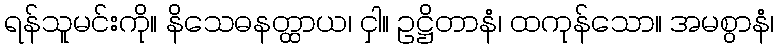
ရန်သူမင်းကို။ နိသေဓနတ္ထာယ၊ ငှါ။ ဥဋ္ဌိတာနံ၊ ထကုန်သော။ အမစွာနံ၊